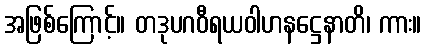
အဖြစ်ကြောင့်။ တဒုပဂဝီရယဝါဟနဋ္ဌေနာတိ၊ ကား။